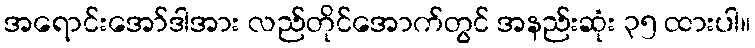
အရောင်းအော်ဒါအား လည်တိုင်အောက်တွင် အနည်းဆုံး ၃၅ ထားပါ။